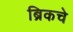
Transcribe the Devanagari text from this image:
ब्रिकचे